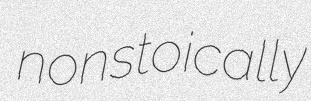
nonstoically